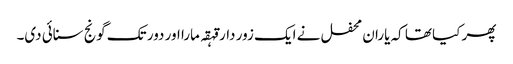
پھر کیا تھا کہ یاران محفل نے ایک زور دار قہقہ مارا اور دور تک گونج سنائی دی۔